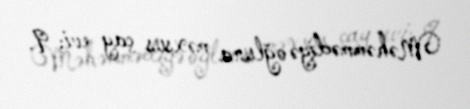
Məhəmmədiyə oğluna məxsus çay evi; 9.